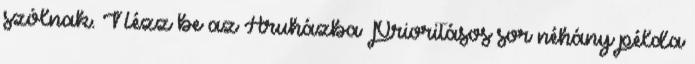
szólnak. Nézz be az Áruházba Prioritásos sor néhány példa